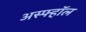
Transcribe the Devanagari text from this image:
अस्फ्हॉल